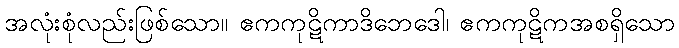
အလုံးစုံလည်းဖြစ်သော။ ဧကကုဋိကာဒိဘေဒေါ၊ ဧကကုဋိကအစရှိသော